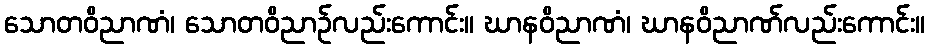
သောတဝိညာဏံ၊ သောတဝိညာဉ်လည်းကောင်း။ ဃာနဝိညာဏံ၊ ဃာနဝိညာဏ်လည်းကောင်း။